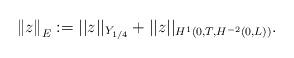
LaTeX: \begin{align*}\left\Vert z \right\Vert _{E} := ||z||_{Y_{1/4}} + || z ||_{ H^1 ( 0,T, H^{-2} (0,L) ) } .\end{align*}